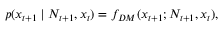
p ( \boldsymbol x _ { t + 1 } \mid N _ { t + 1 } , \boldsymbol x _ { t } ) = f _ { D M } ( \boldsymbol x _ { t + 1 } ; N _ { t + 1 } , \boldsymbol x _ { t } ) ,